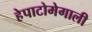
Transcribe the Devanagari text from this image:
हेपाटोमेगाली